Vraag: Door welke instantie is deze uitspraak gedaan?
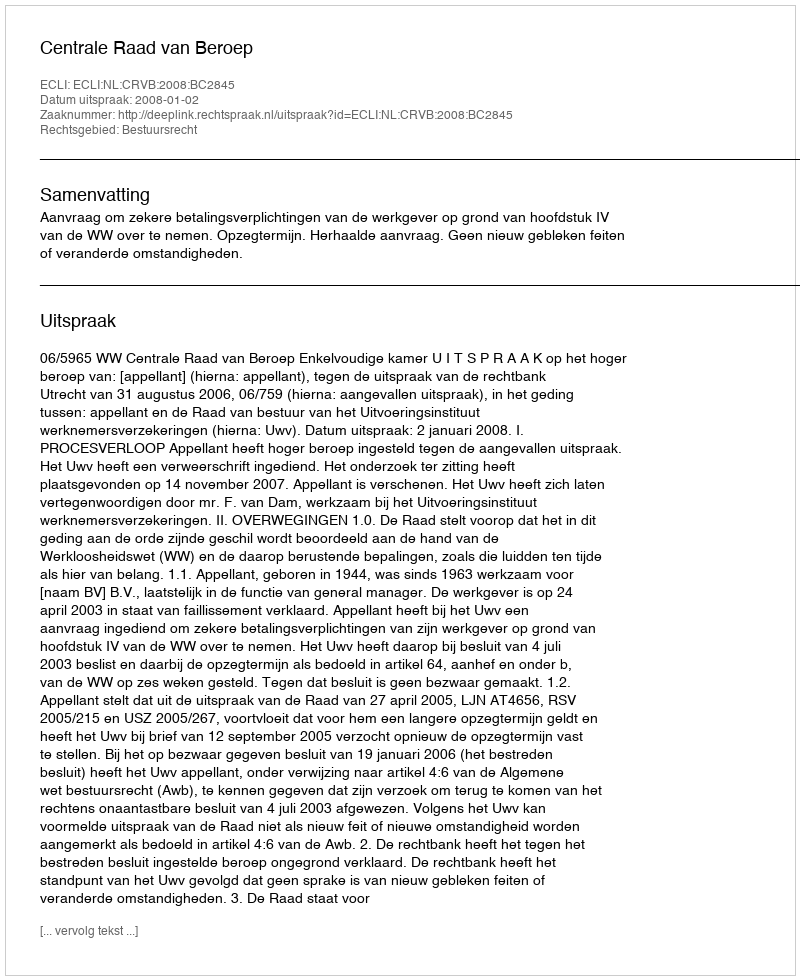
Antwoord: Centrale Raad van Beroep